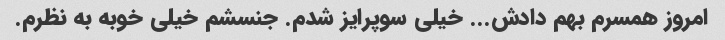
امروز همسرم بهم دادش... خیلی سوپرایز شدم. جنسشم خیلی خوبه به نظرم.